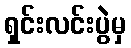
ရှင်းလင်းပွဲမှ